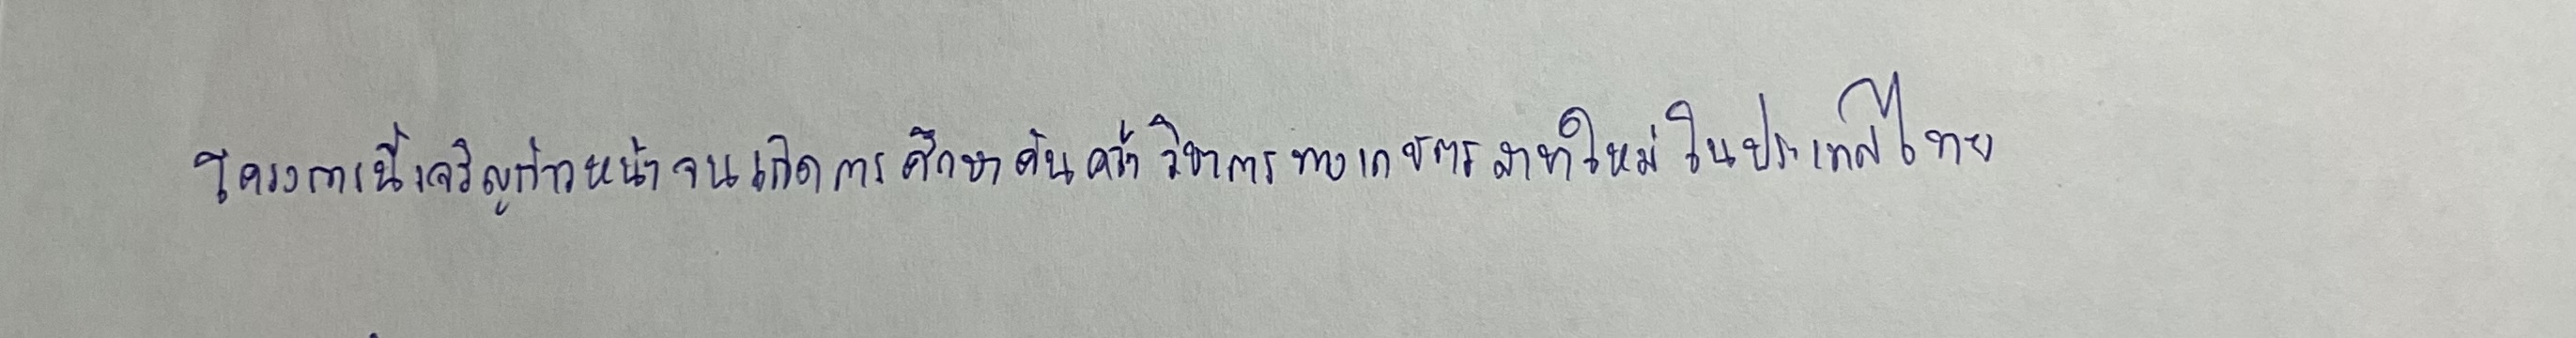
โครงการนี้เจริญก้าวหน้าจนเกิดการศึกษาค้นคว้าวิชาการทางเกษตรสาขาใหม่ในประเทศไทย